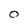
Character: O